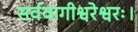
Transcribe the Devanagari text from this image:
सर्ववागीश्वरेश्वरः।